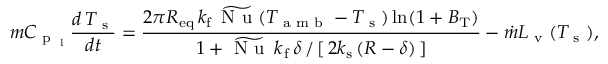
m C _ { \textup { p } _ { \textup { l } } } \frac { d \, T _ { \textup { s } } } { d t } = \frac { 2 \pi R _ { \mathrm { e q } } \, k _ { \mathrm { f } } \, \widetilde { \textup { N u } } ( T _ { \textup { a m b } } - T _ { \textup { s } } ) \ln ( 1 + B _ { \mathrm { T } } ) } { { 1 + \widetilde { \textup { N u } } \, k _ { \mathrm { \, f } } \, \delta \, / \, [ \, 2 k _ { \mathrm { s } } \, ( R - \delta ) \, ] } } - \dot { m } L _ { \textup { v } } ( T _ { \textup { s } } ) ,